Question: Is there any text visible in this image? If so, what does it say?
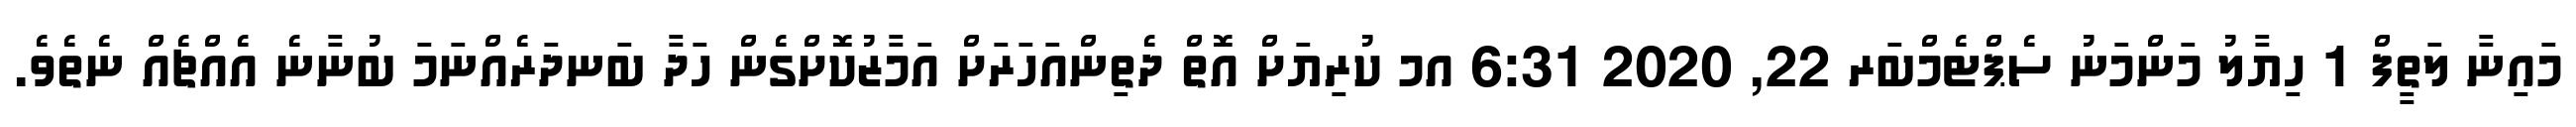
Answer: މައިނާ ލަތީފް 1 ހިޔާލު މަންމަނު ސެޕްޓެމްބަރ 22, 2020 6:31 އމ ކުރިޔަށް އޮތް ދެތިންއަހަރަށް އަމާޒުކޮށްގެން ހަދާ ބަނދަރެއްނަމަ ބުނާނެ އެއްޗެއް ނެތެވެ.